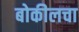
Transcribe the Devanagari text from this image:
बोकीलचा